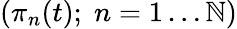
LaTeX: (\pi_{n}(t);\; n=1\ldots\mathbb{N})